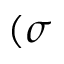
( \sigma